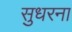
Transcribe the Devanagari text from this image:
सुधरना